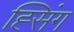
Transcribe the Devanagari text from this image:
ह्सिंग